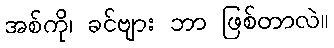
အစ်ကို၊ ခင်ဗျား ဘာ ဖြစ်တာလဲ။